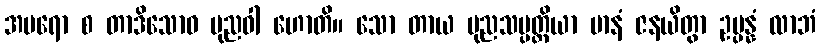
အပရော စ တာဒိသောဝ ပုညဝါ ဟောတိ။ သော တာယ ပုညသမ္ပတ္တိယာ မာနံ ဇနယိတွာ ဥပ္ပန္နံ လာဘံ